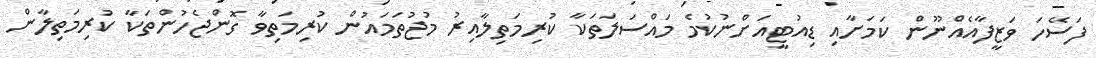
ފަސޭހަ ވަޒީފާއެއްނޫން ކަމަށާއި ޑިއުޓީއަށްނުކުމެ މައްސަލަތަކާ ކުރިމަތިލާއިރު މުޖުތަމައުން ކުރިމަތިވާ ގޮންޖެހުންތަކާ ކުރިމަތިލާން